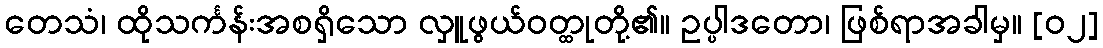
တေသံ၊ ထိုသင်္ကန်းအစရှိသော လှူဖွယ်ဝတ္ထုတို့၏။ ဥပ္ပါဒတော၊ ဖြစ်ရာအခါမှ။ [၀၂]